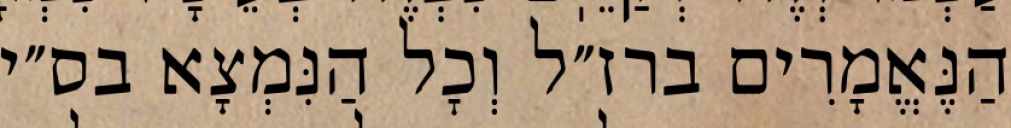
הַנֶּאֱמָרִים ברז״ל וְכׇל הַנִּמְצָא בס״י